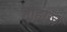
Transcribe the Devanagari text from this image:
नोहाज